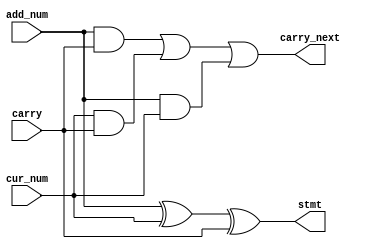
module add_unit(
input add_num,
input cur_num,
input carry,
output carry_next,
output stmt
);
	wire t1,t2,t3;
   wire s1;
  
   xor (s1,add_num,cur_num);
   xor (stmt,s1,carry);
   and (t3,add_num,cur_num);
   and (t2,cur_num,carry);
   and (t1,add_num,carry);
   or  (carry_next,t1,t2,t3);
endmodule